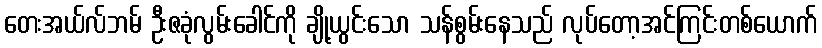
တေးအယ်လ်ဘမ် ဦးဇခုံလွမ်းခေါင်ကို ချို့ယွင်းသော သန်စွမ်းနေသည် လုပ်တော့အင်ကြင်းတစ်ယောက်